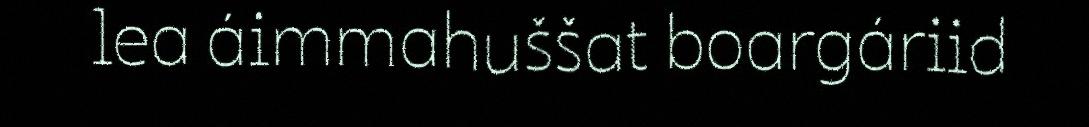
lea áimmahuššat boargáriid